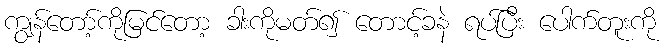
ကျွန်တော့်ကိုမြင်တော့ ခါးကိုမတ်၍ တောင့်ခနဲ ရပ်ပြီး ပေါက်တူးကို